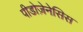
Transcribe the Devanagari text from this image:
पीडोज़ेनेसिस